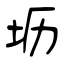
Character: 坜